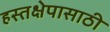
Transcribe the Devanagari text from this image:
हस्तक्षेपासाठी